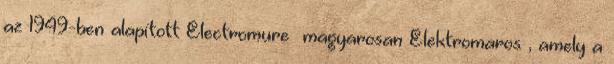
az 1949-ben alapított Electromureș magyarosan Elektromaros , amely a